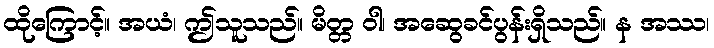
ထိုကြောင့်။ အယံ၊ ဤသူသည်။ မိတ္တ ဝါ၊ အဆွေခင်ပွန်းရှိသည်။ န အဿ၊